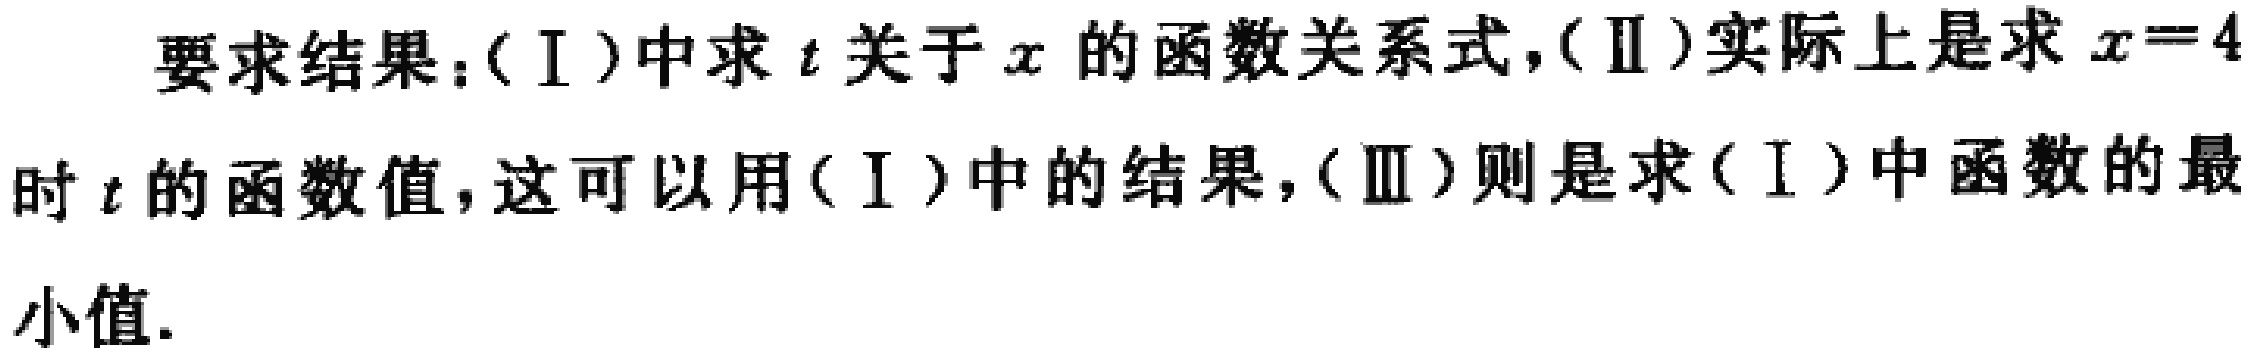
要求结果：(Ⅰ)中求\(t\)关于\(x\)的函数关系式，(Ⅱ)实际上是求\(x = 4\)时\(t\)的函数值，这可以用(Ⅰ)中的结果，(Ⅲ)则是求(Ⅰ)中函数的最小值.